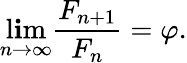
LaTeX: \operatorname*{l\mathbf{i}m}_{n\to\infty}{\frac{{F_{n+1}}}{{F_{n}}}}=\varphi.